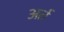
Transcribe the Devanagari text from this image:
अर्त